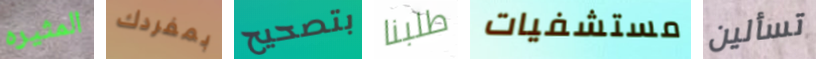
المثيره بمفردك بتصحيح طلبنا مستشفيات تسألين